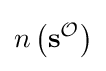
n\left(\mathbf {s} ^{\mathcal {O}}\right)